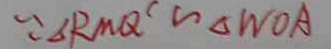
\because \Delta R M Q ^ { \prime } \sim \Delta W O A